Piroplasma canis and its life cycle in the tick - Number 29
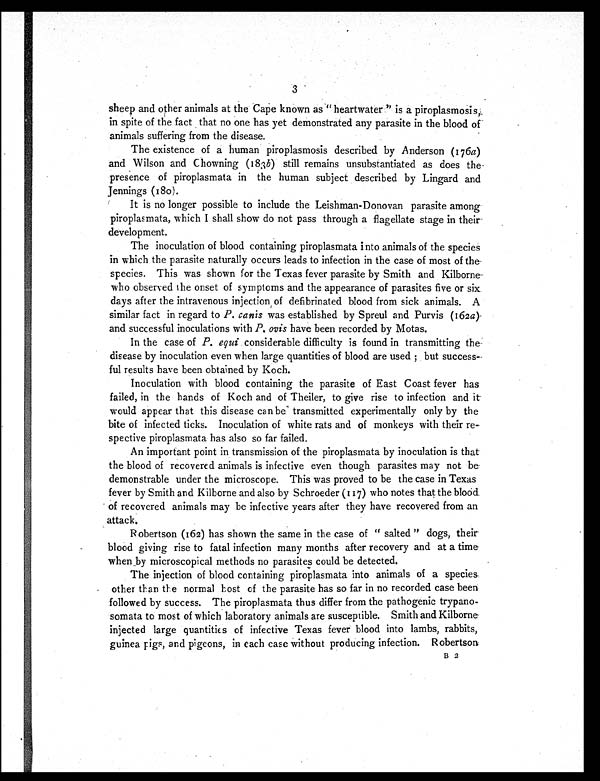
3
sheep and other animals at the Cape known as " heartwater " is a piroplasmosis,
in spite of the fact that no one has yet demonstrated any parasite in the blood of
animals suffering from the disease.
The existence of a human piroplasmosis described by Anderson (176 a)
and Wilson and Chowning (183 b) still remains unsubstantiated as does the
presence of piroplasmata in the human subject described by Lingard and
Jennings (180).
It is no longer possible to include the Leishman-Donovan parasite among
piroplasmata, which I shall show do not pass through a flagellate stage in their
development.
The inoculation of blood containing piroplasmata into animals of the species
in which the parasite naturally occurs leads to infection in the case of most of the
species. This was shown for the Texas fever parasite by Smith and Kilborne
who observed the onset of symptoms and the appearance of parasites five or six
days after the intravenous injection of defibrinated blood from sick animals. A
similar fact in regard to P. canis was established by Spreul and Purvis (162 a)
and successful inoculations with P. ovis have been recorded by Motas.
In the case of P. equi considerable difficulty is found in transmitting the
disease by inoculation even when large quantities of blood are used ; but success-
ful results have been obtained by Koch.
Inoculation with blood containing the parasite of East Coast fever has
failed, in the hands of Koch and of Theiler, to give rise to infection and it
would appear that this disease can be transmitted experimentally only by the
bite of infected ticks. Inoculation of white rats and of monkeys with their re-
spective piroplasmata has also so far failed.
An important point in transmission of the piroplasmata by inoculation is that
the blood of recovered animals is infective even though parasites may not be
demonstrable under the microscope. This was proved to be the case in Texas
fever by Smith and Kilborne and also by Schroeder (117) who notes that the blood
of recovered animals may be infective years after they have recovered from an
attack.
Robertson (162) has shown the same in the case of " salted " dogs, their
blood giving rise to fatal infection many months after recovery and at a time
when by microscopical methods no parasites could be detected.
The injection of blood containing piroplasmata into animals of a species
other than the normal host of the parasite has so far in no recorded case been
followed by success. The piroplasmata thus differ from the pathogenic trypano-
somata to most of which laboratory animals are susceptible. Smith and Kilborne
injected large quantities of infective Texas fever blood into lambs, rabbits,
guinea pigs, and pigeons, in each case without producing infection. Robertson
B 2